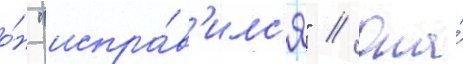
о́н "испра́в'илс'я" // Она́